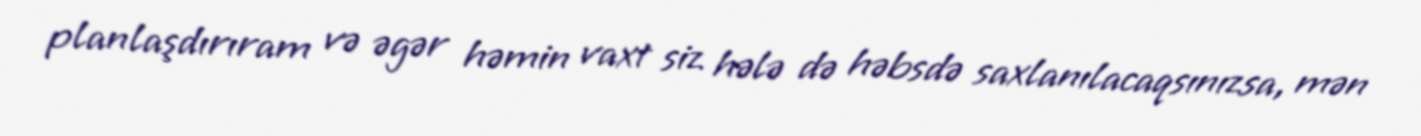
planlaşdırıram və əgər həmin vaxt siz hələ də həbsdə saxlanılacaqsınızsa, mən